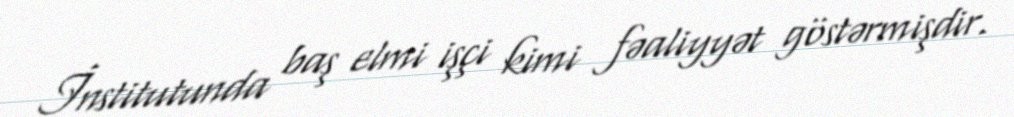
İnstitutunda baş elmi işçi kimi fəaliyyət göstərmişdir.